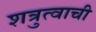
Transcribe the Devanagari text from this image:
शत्रुत्वाची